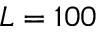
L = 1 0 0